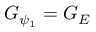
G _ { \psi _ { 1 } } = G _ { E }